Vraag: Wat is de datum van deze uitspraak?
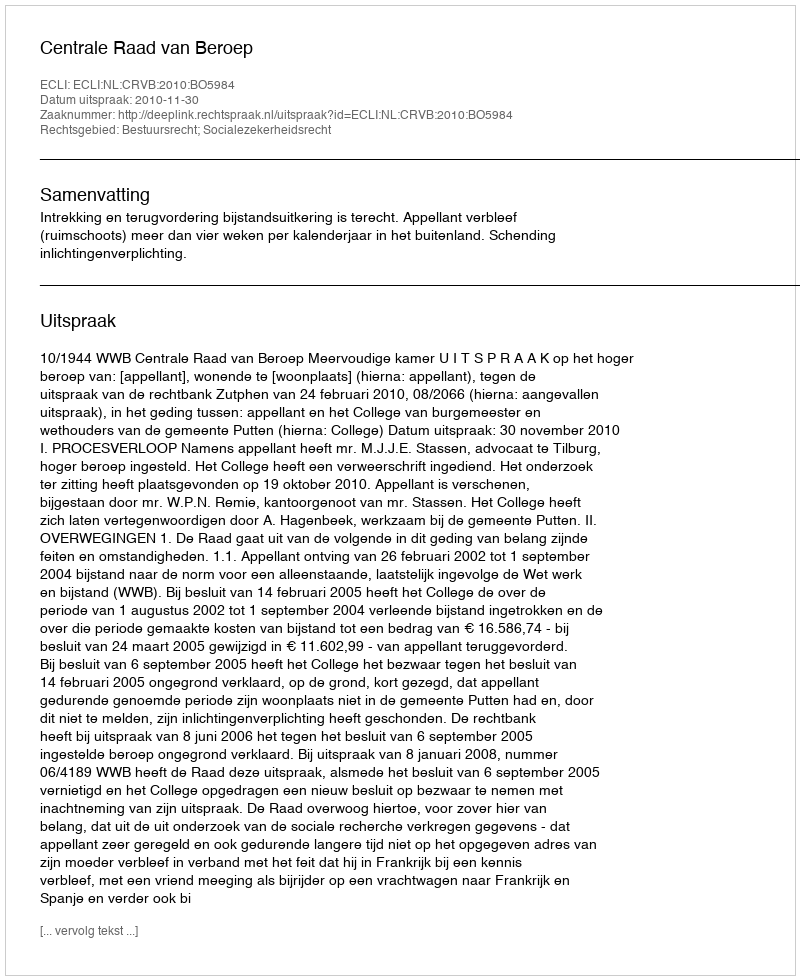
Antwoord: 2010-11-30